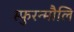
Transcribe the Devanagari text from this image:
स्फुरन्मौलि